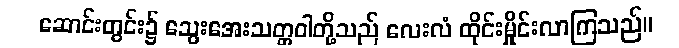
ဆောင်းတွင်း၌ သွေးအေးသတ္တဝါတို့သည် လေးလံ ထိုင်းမှိုင်းလာကြသည်။